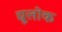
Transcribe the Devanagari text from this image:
द्यूलोक